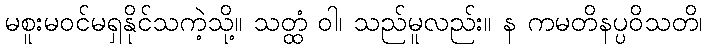
မစူးမဝင်မရှနိုင်သကဲ့သို့။ သတ္ထံ ဝါ၊ သည်မူလည်း။ န ကမတိနပ္ပဝိသတိ၊